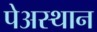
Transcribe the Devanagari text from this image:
पेअस्थान